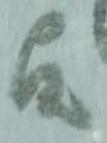
故